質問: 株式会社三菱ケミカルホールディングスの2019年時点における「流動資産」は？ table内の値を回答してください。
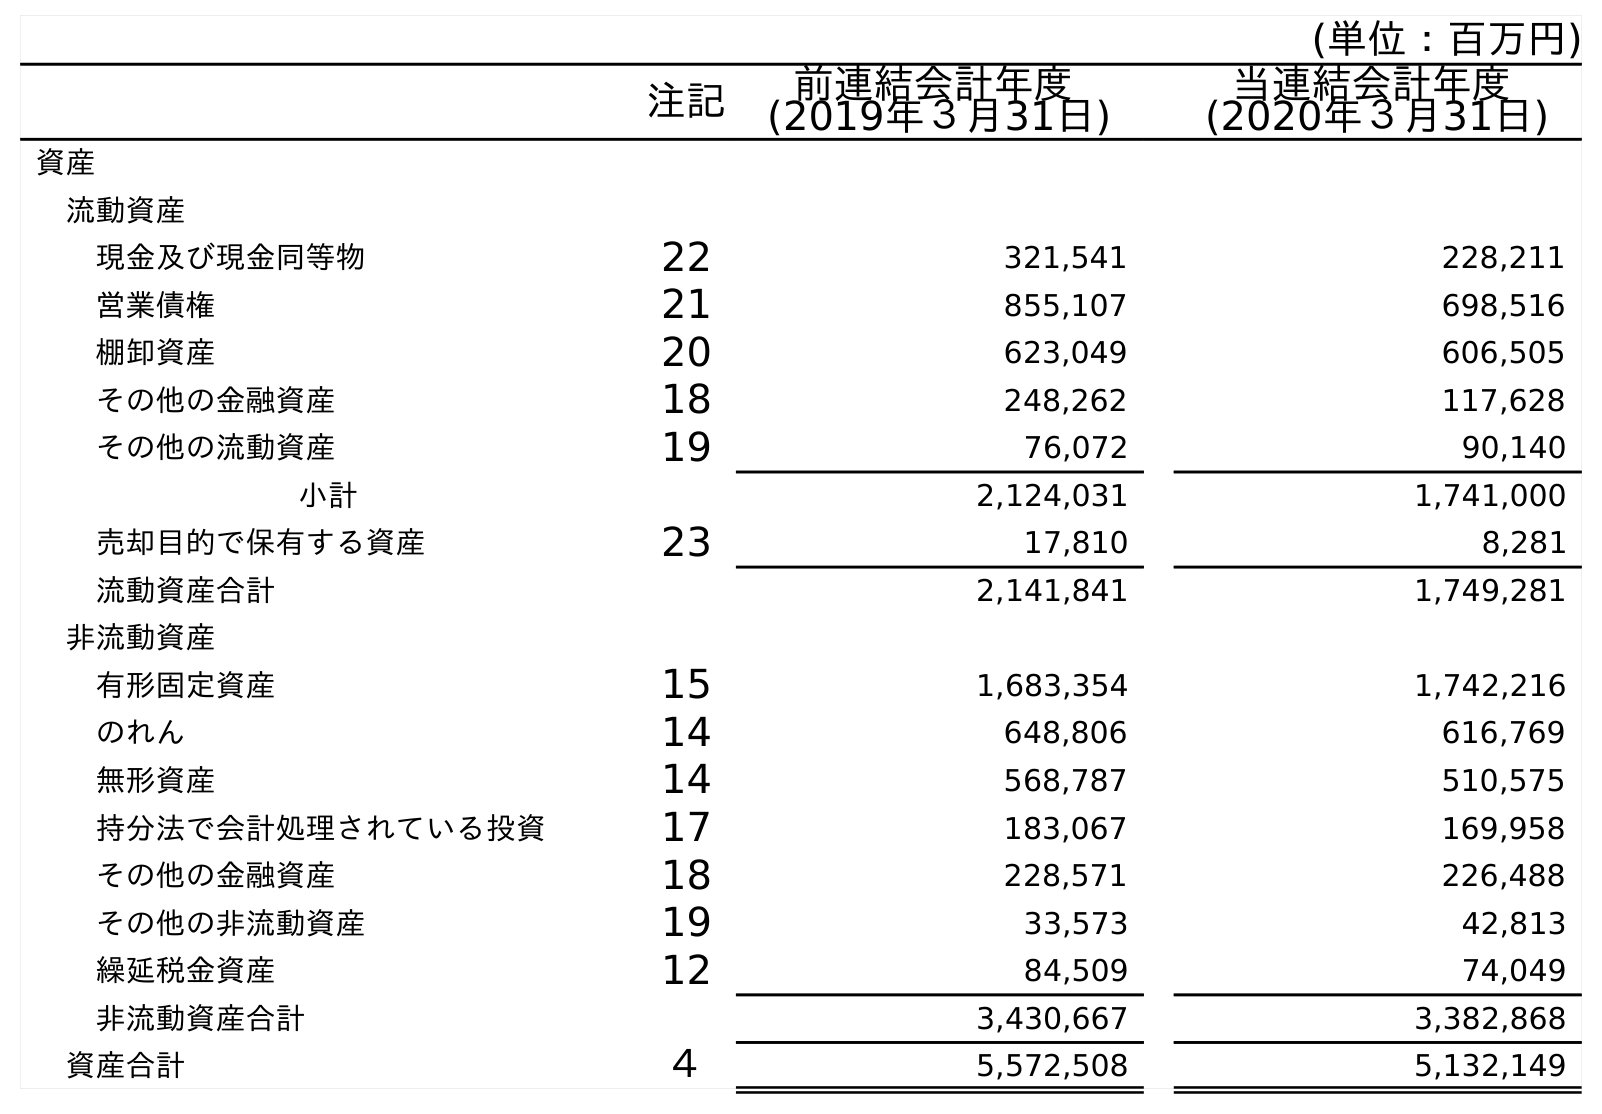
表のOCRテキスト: (単位：百万円) 注記 前連結会計年度 (2019年３月31日) 当連結会計年度 (2020年３月31日) 資産 流動資産 現金及び現金同等物 22 321,541 228,211 営業債権 21 855,107 698,516 棚卸資産 20 623,049 606,505 その他の金融資産 18 248,262 117,628 その他の流動資産 19 76,072 90,140 小計 2,124,031 1,741,000 売却目的で保有する資産 23 17,810 8,281 流動資産合計 2,141,841 1,749,281 非流動資産 有形固定資産 15 1,683,354 1,742,216 のれん 14 648,806 616,769 無形資産 14 568,787 510,575 持分法で会計処理されている投資 17 183,067 169,958 その他の金融資産 18 228,571 226,488 その他の非流動資産 19 33,573 42,813 繰延税金資産 12 84,509 74,049 非流動資産合計 3,430,667 3,382,868 資産合計 ４ 5,572,508 5,132,149
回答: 2,141,841